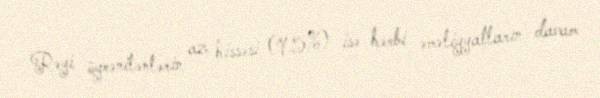
Rəyi öyrənilənlərin az hissəsi (9.5%) isə hərbi əməliyyatların davam